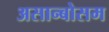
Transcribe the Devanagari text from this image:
असान्बोसम